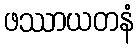
ဖဿာယတနံ